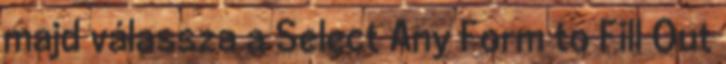
majd válassza a Select Any Form to Fill Out